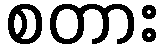
စတား